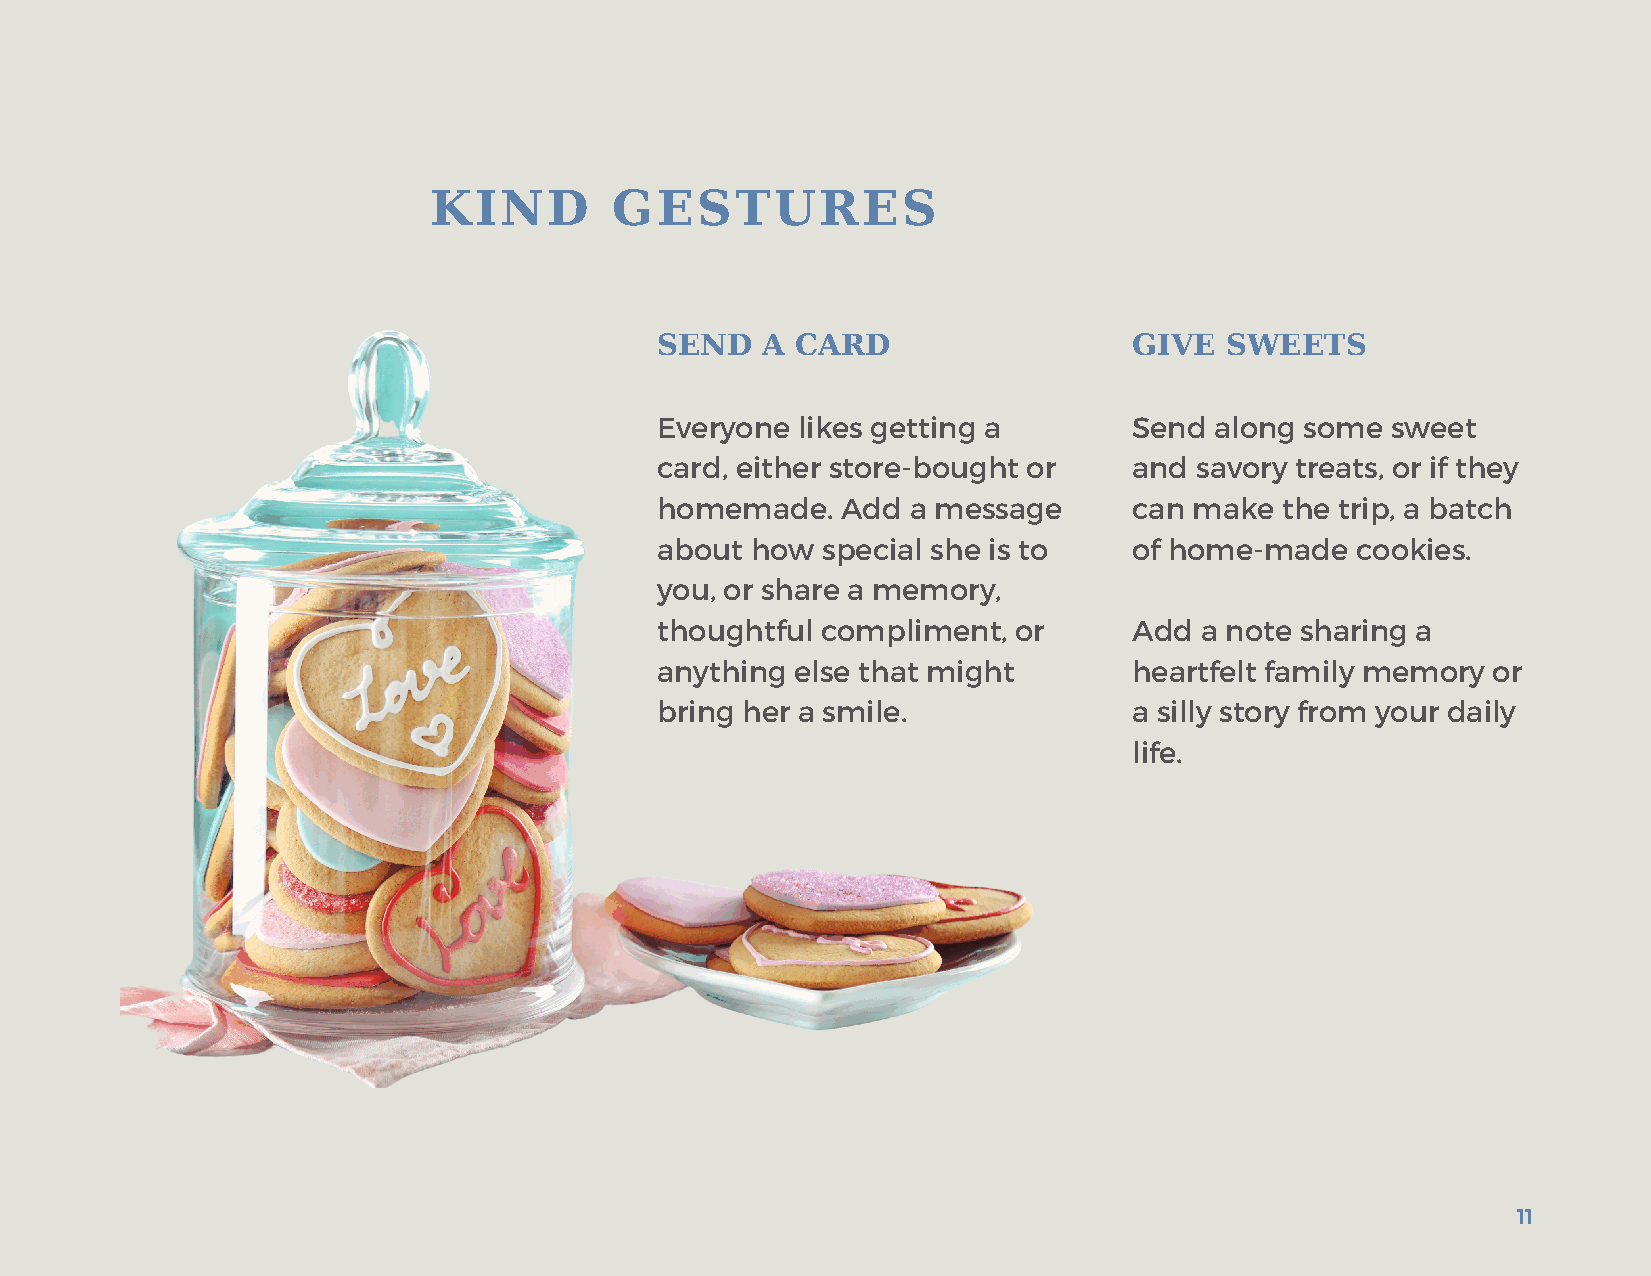
KIND         GESTURES
 SEND   A  CARD                  GIVE  SWEETS
 Everyone  likes getting a       Send along some  sweet
 card, either store-bought or    and savory treats, or if they
 homemade.    Add a message      can make  the trip, a batch
 about  how special she is to    of home-made   cookies.
 you, or share a memory,
 thoughtful compliment,  or      Add a note sharing a
 anything  else that might       heartfelt family memory or
 bring her a smile.              a silly story from your daily
 life.
 11